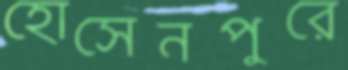
হোসেনপুরে